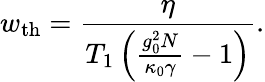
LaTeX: w_{\mathrm{th}}=\frac{\eta}{T_{1}\left(\frac{g_{0}^{2}N}{\kappa_{0}\gamma}-1\right)}.